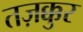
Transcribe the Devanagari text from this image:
तज़क्कुर